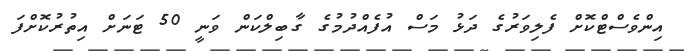
އިންވެސްޓްކޮށް ފެލިވަރުގެ ދަޅު މަސް އުފެއްދުމުގެ ގާބިލްކަން ވަނީ 50 ޓަނަށް އިތުރުކޮށްފަ